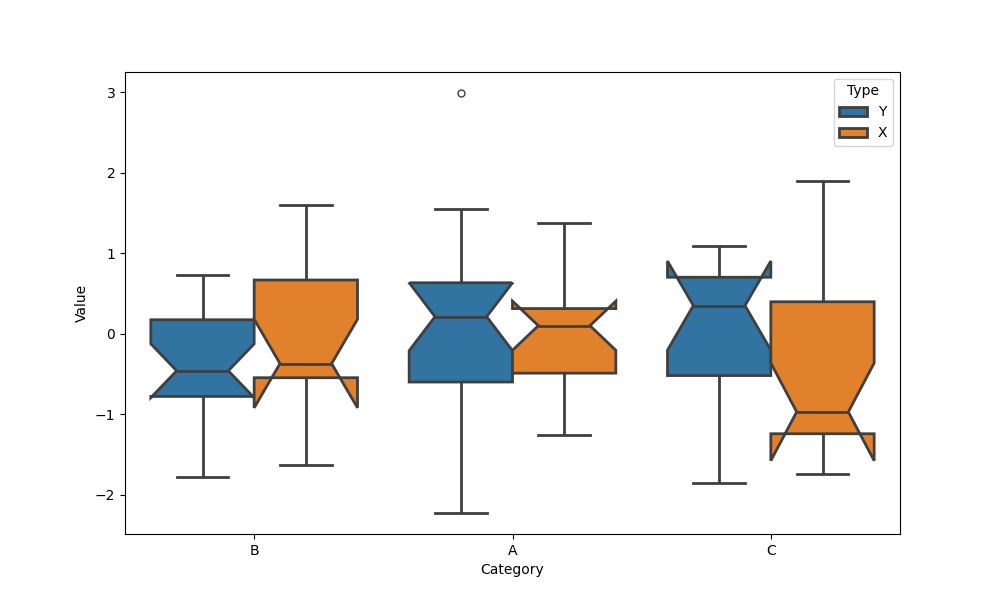
python, seaborn, boxplot, width=0.8, linewidth=2, fliersize=5, notch=True